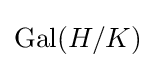
\operatorname {Gal} (H/K)